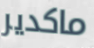
ماكدير